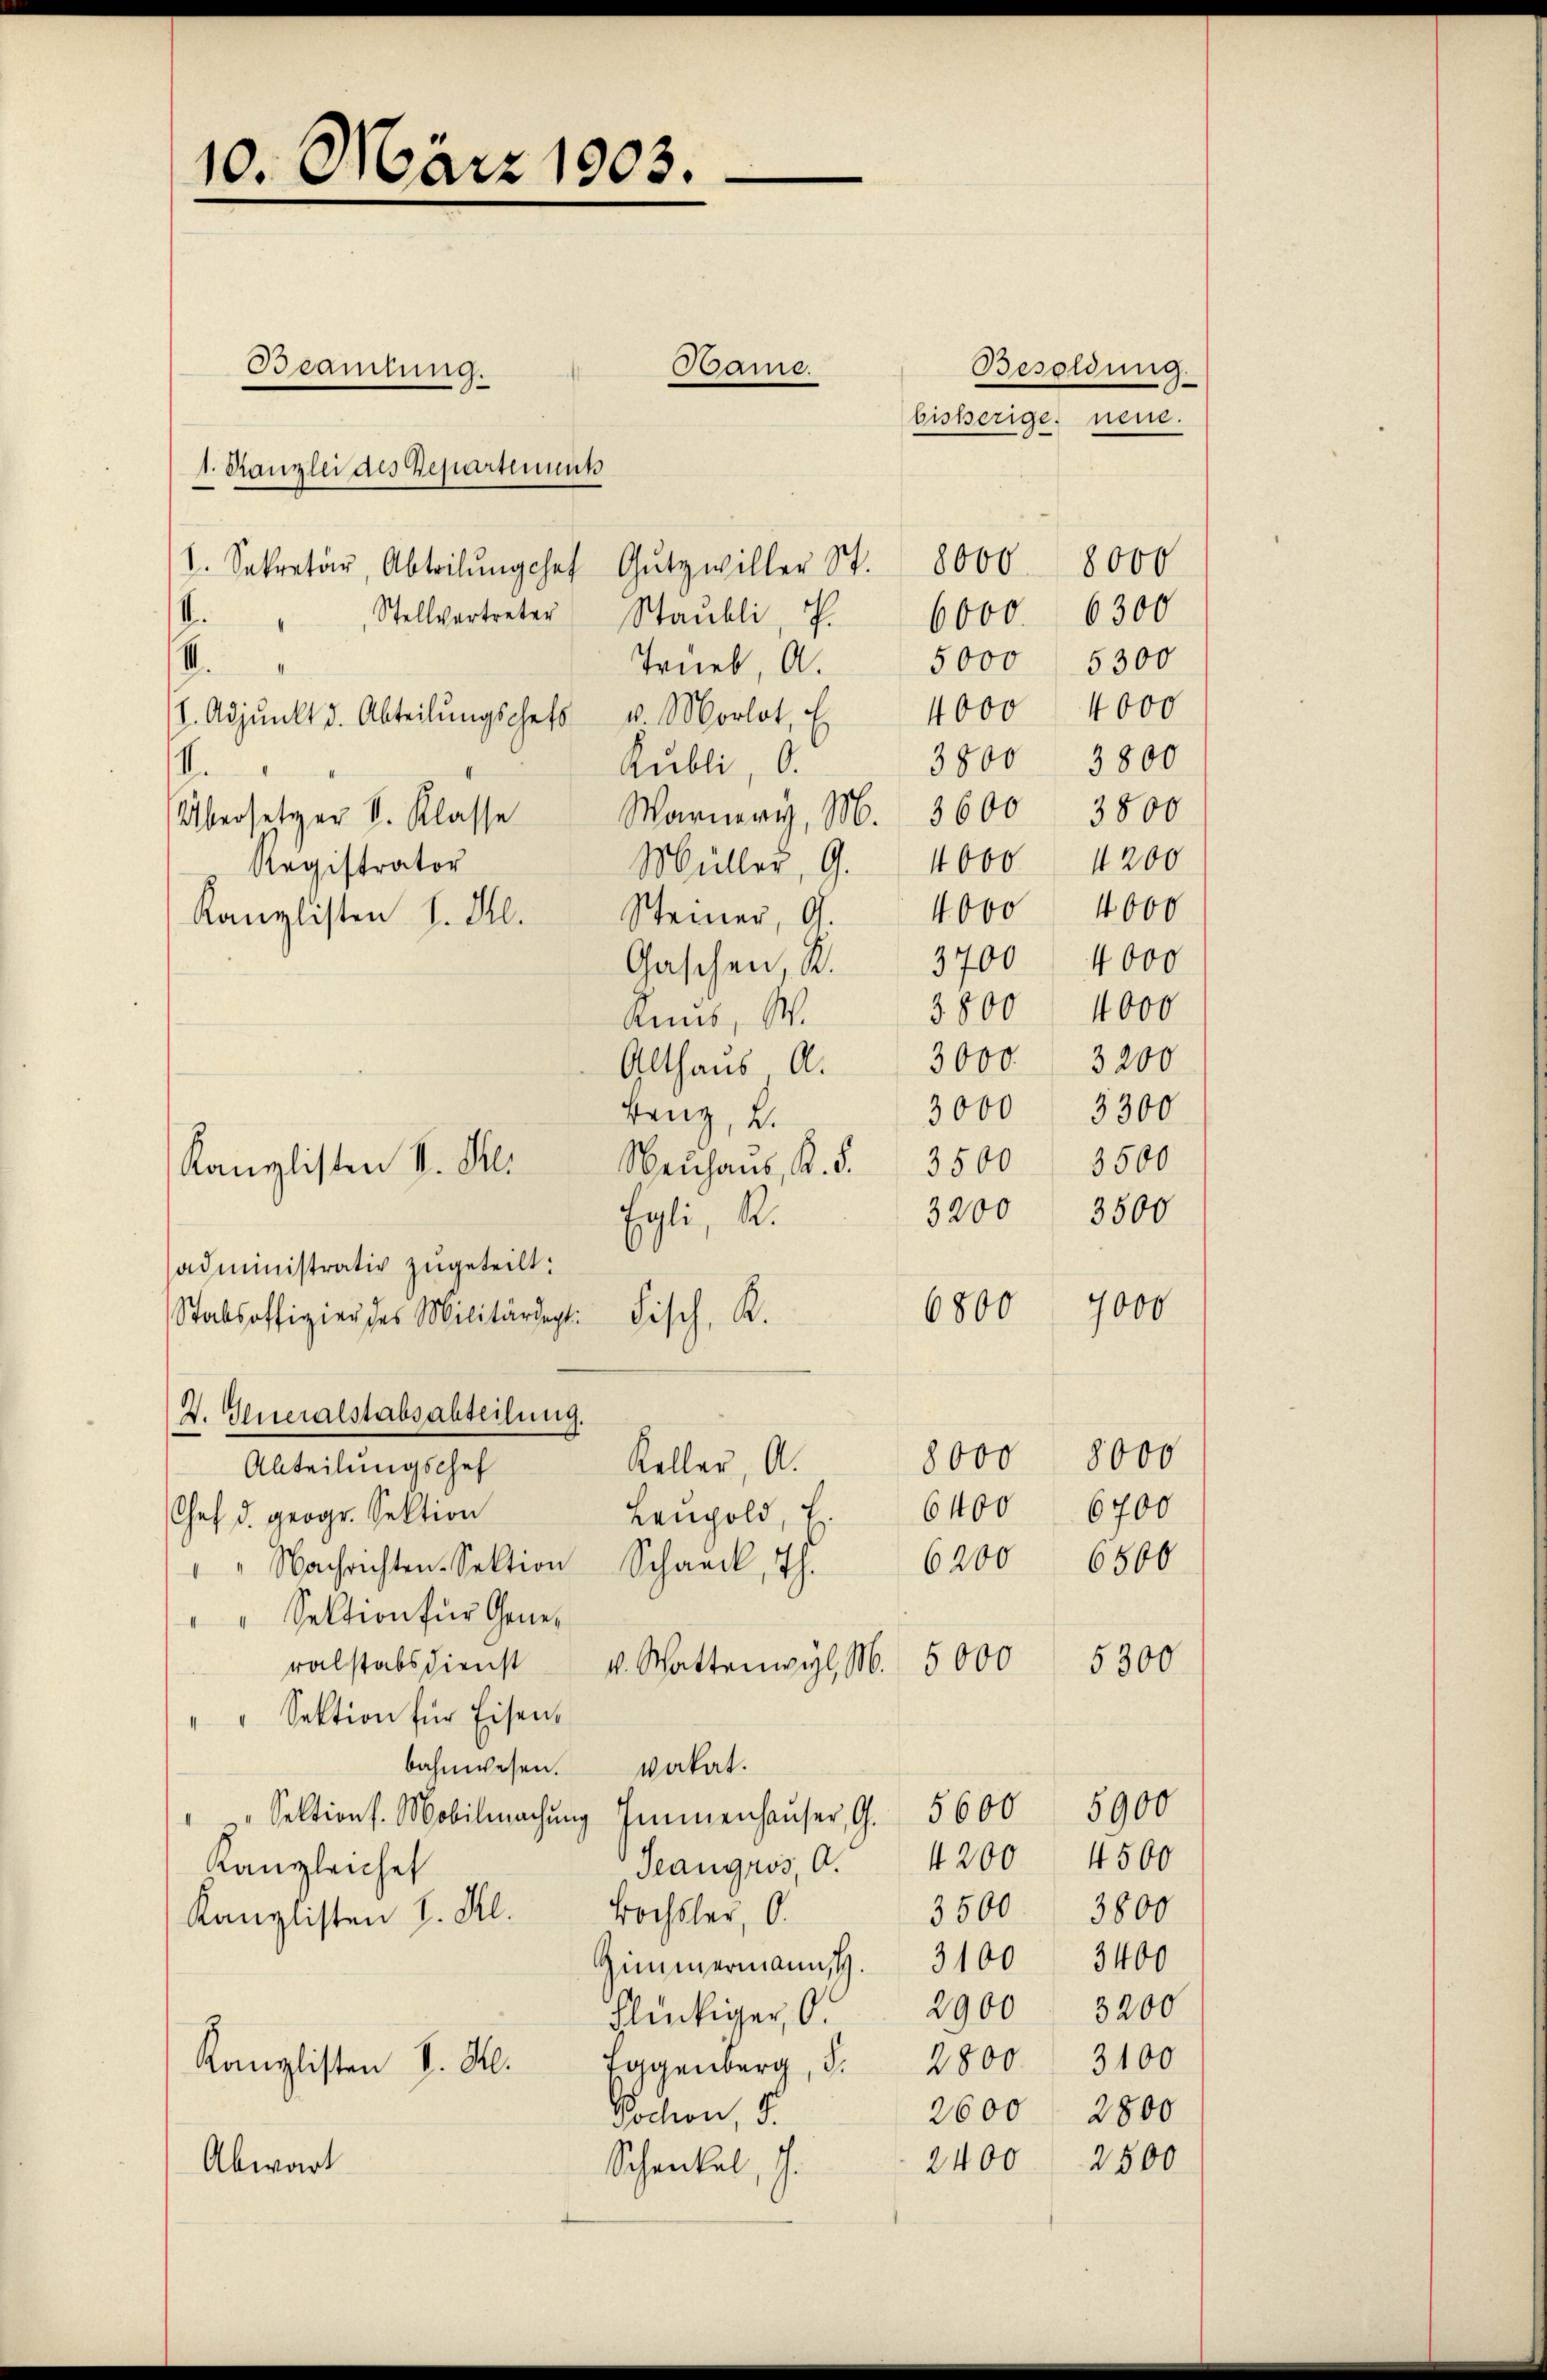
10. März 1903.

1. Kanzlei des Departenmut
A. " " Stellvertreter Staŭbli, S. 6000. 6300
I.
. Adjunkt d. Abteilŭngschets u. Morlot, E
3800
I.
Kubli, O.
Übersetzer S. Klasse Warner, M. 3600 3800
Müller, G. 1000 4200
Registrator
Kanzlisten l. J. Steiner, 9. 4000 4000
Gaschen, S. 3700 4000
Runs, W.
Althaus, A.
Benz, u.
3500
Neuhaus, A. S. 3500
3200 3500
Egli, R.
administrativ zugeteilt:
7000
6800
Stabsoffigier des Militärdegt. Fisch, K.
Z. Generalstabsabteilung.
8000 8000
Keller, A.
Abteilungschaf
Lenpold, E. 6400 6700
Chef d. geogr. Sektion
"" Nachrichten Sektion Schank, 7. 6200 6500
" Sektion für Gene¬
5300
ralstabsdienst v. Wattenwyl, M. 5000
" " Sektion für Eisen.
bahnwesen.
vokat.
" Sektions. Mobilmachŭng Immenhaŭser, G. 5600 5900
Seangros, A. 4200. 4500
Kangleiche
3500 3800
Bochsler, O.
Kanzlisten I. Kl.
3400
Zimmermanns. 3100
Flückiger O. 2900. 3200
Eggenberg, S. 2800. 3100
Kanzlisten d. M.
2800
2600
Bochon, d.
2500
2400
Abwart
Schenkel, J.

Bsamlung.

Kanzlisten I. Kl.

1. Sekretär, Abteilŭngshof Gŭtzwiller St. 8000. 8000

Bame.
Besoldung.
bisherige neue.

Trieb, Al. 5000 5300

4000 4000
3800
3800 4000
3000. 3200
3000 5300